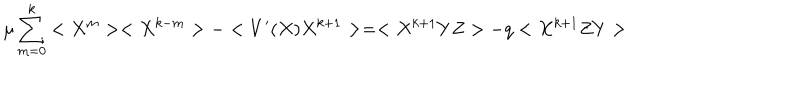
\mu \sum _ { m = 0 } ^ { k } < X ^ { m } > < X ^ { k - m } > - < V ^ { \prime } ( X ) X ^ { k + 1 } > = < X ^ { k + 1 } Y Z > - q < X ^ { k + 1 } Z Y >